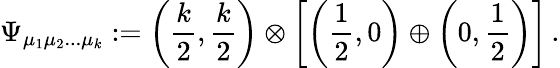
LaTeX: \Psi_{\mu_{1}\mu_{2}...\mu_{k}}:=\left({\frac{k}{2}},{\frac{k}{2}}\right)\otimes\left[\left({\frac{1}{2}},0\right)\oplus\left(0,{\frac{1}{2}}\right)\right]\, .